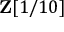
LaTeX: \mathbf { Z } [ 1 / 1 0 ]